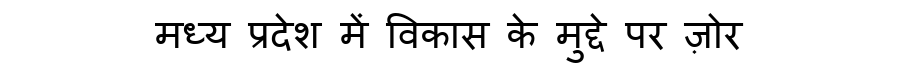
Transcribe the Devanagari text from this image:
मध्य प्रदेश में विकास के मुद्दे पर ज़ोर